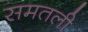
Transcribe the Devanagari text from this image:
समतली